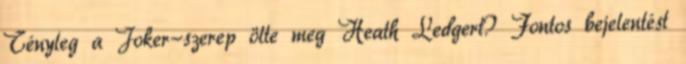
Tényleg a Joker-szerep ölte meg Heath Ledgert? Fontos bejelentést